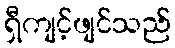
ရှီကျင့်ဖျင်သည်